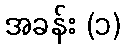
အခန်း (၁)